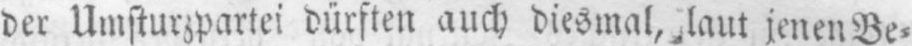
der Umsturzpartei dürften auch diesmal, laut jenenBe⸗